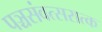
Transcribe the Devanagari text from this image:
पञ्चसंवत्सरात्क